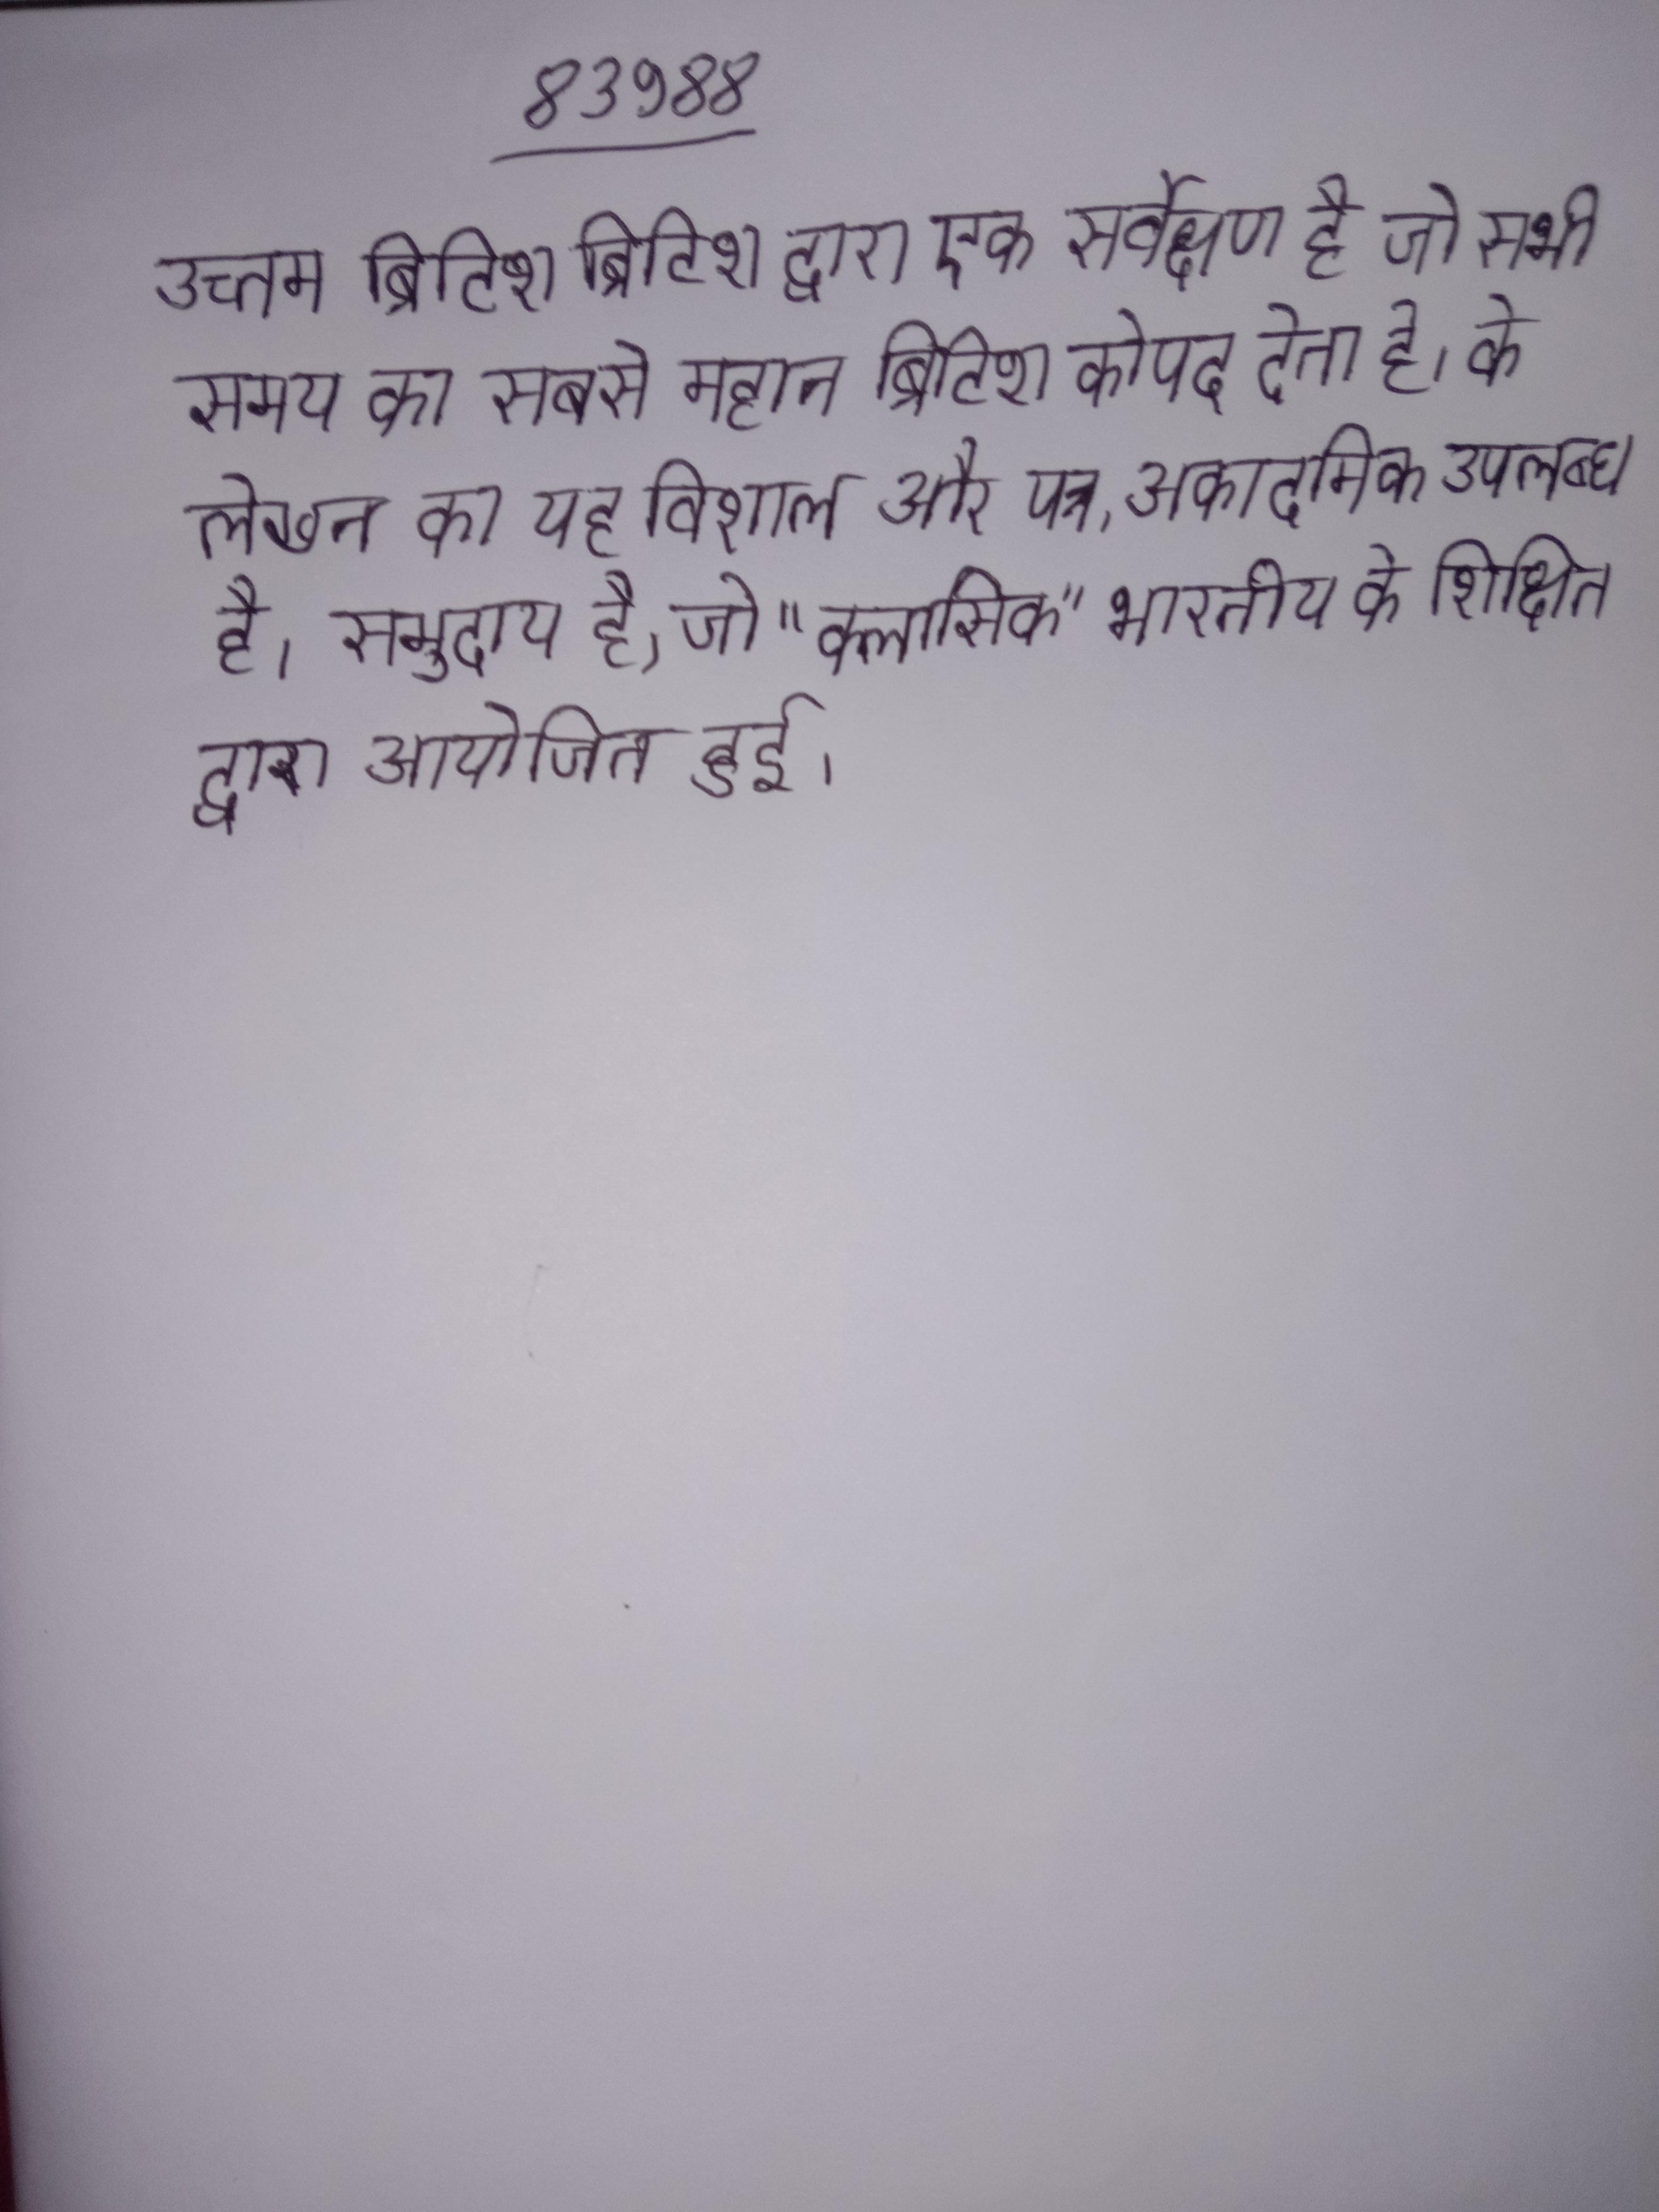
उच्तम ब्रिटिश ब्रिटिश द्वारा एक सर्वेक्षण है जो सभी समय का सबसे महान ब्रिटिश को पद देता है । के लेखन का यह विशाल और पत्र, अकादमिक उपलब्ध है । समुदाय है, जो "क्लासिक" भारतीय के शिक्षित द्वारा आयोजित हुई ।